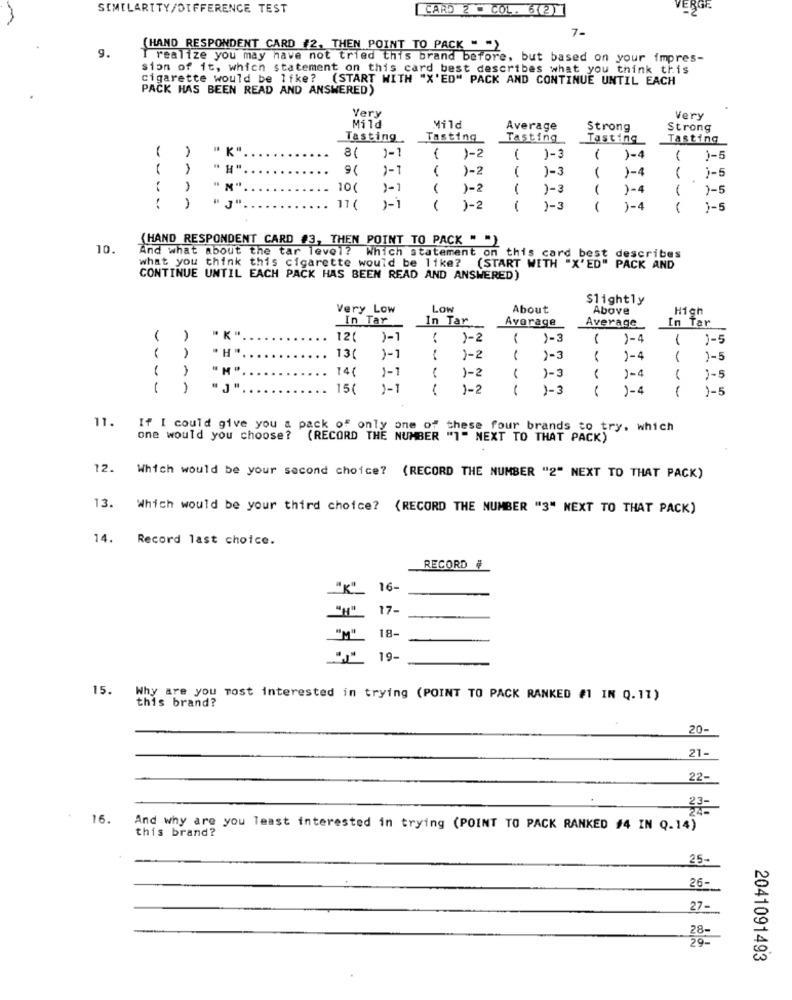
SIMILARITY/DIFFERENCE TEST
CARD 2 - COL. 6(2)
VERGE
7-
(HAND RESPONDENT CARD #2, THEN POINT TO PACK " ")
9.
I realize you may have not tried this brand before, but based on your impres-
sion of it, which statement on this card best describes what you think this
cigarette would be like? (START WITH "X'ED" PACK AND CONTINUE UNTIL EACH
PACK HAS BEEN READ AND ANSWERED)
Very
Very
Mild
Mild
Average
Strong
Strong
Tasting
Tasting
Tasting
Tasting
Tasting
1-1
)-2
()-3
)-4
1-1
1-2
)-3
)-4
( )-5
10(
)-1
)-2
)-3
1-4
1
)-5
----
11 (
)-2
1
1-3
)-4
1-5
(HAND RESPONDENT CARD #3, THEN POINT TO PACK " ")
10.
And what about the tar level? Which statement on this card best describes
what you think this cigarette would be like?
(START WITH "X'ED" PACK AND
CONTINUE UNTIL EACH PACK HAS BEEN READ AND ANSWERED)
Slightly
Very Low
Low
About
Above
High
In Tar
In Tar
Average
Average
In Tar
-
( )
121
)-1
( )-2
-
1-3
1-4
0-5
13(
1
1-1
..
1-2
)-3
1-4
1-5
"M "
14(
1-1
)-2
1-3
)-4
..
1-5
1
15(
1-
1-2
)-3
1-4
1
11.
If I could give you a pack of only one of these four brands to try. which
one would you choose? (RECORD THE NUMBER "1" NEXT TO THAT PACK)
12.
Which would be your second choice? (RECORD THE NUMBER "2" NEXT TO THAT PACK)
13. Which would be your third choice? (RECORD THE NUMBER "3" NEXT TO THAT PACK)
14.
Record last choice.
RECORD #
"K"
16-
17-
18-
19-
15.
Why are you most interested in trying (POINT TO PACK RANKED #1 IN Q. 11)
this brand?
20-
21-
22-
23-
16.
And why are you least interested in trying (POINT TO PACK RANKED #4 IN Q.14)
this brand?
25-
26-
27-
29-
2041091493